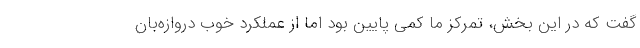
گفت که در این بخش، تمرکز ما کمی پایین بود اما از عملکرد خوب دروازه‌بان